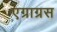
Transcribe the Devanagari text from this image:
एग्राग्रस